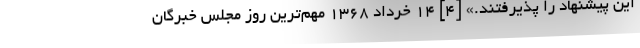
این پیشنهاد را پذیرفتند.» [۴] ۱۴ خرداد ۱۳۶۸ مهم‌ترین روز مجلس خبرگان